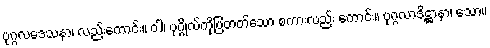
ပုဂ္ဂလဒေသနာ၊ လည်းကောင်း။ ဝါ၊ ပုဂ္ဂိုလ်ကိုပြတတ်သော စကားလည်း ကောင်း။ ပုဂ္ဂလာဒိဋ္ဌာနာ၊ သော။